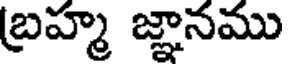
బ్రహ్మ జ్ఞానము